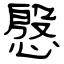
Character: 慇